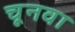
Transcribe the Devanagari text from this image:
चूनवा